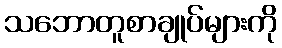
သဘောတူစာချုပ်များကို